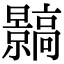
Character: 䯫